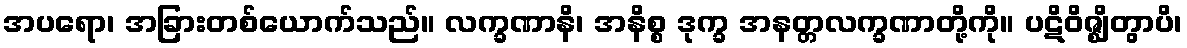
အပရော၊ အခြားတစ်ယောက်သည်။ လက္ခဏာနိ၊ အနိစ္စ ဒုက္ခ အနတ္တလက္ခဏာတို့ကို။ ပဋိဝိဇ္ဈိတွာပိ၊